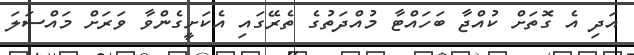
އަދި އެ ގޮތަށް ކުއްޖާ ބަހައްޓާ މުއްދަތުގެ ތެރޭގައި އެކަށީގެންވާ ވަރަށް މައްސަލަ